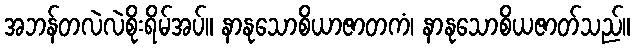
အဘန်တလဲလဲစိုးရိမ်အပ်။ နာနုသောစိယာဇာတကံ၊ နာနုသောစိယဇာတ်သည်။